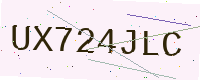
Text: UX724JLC